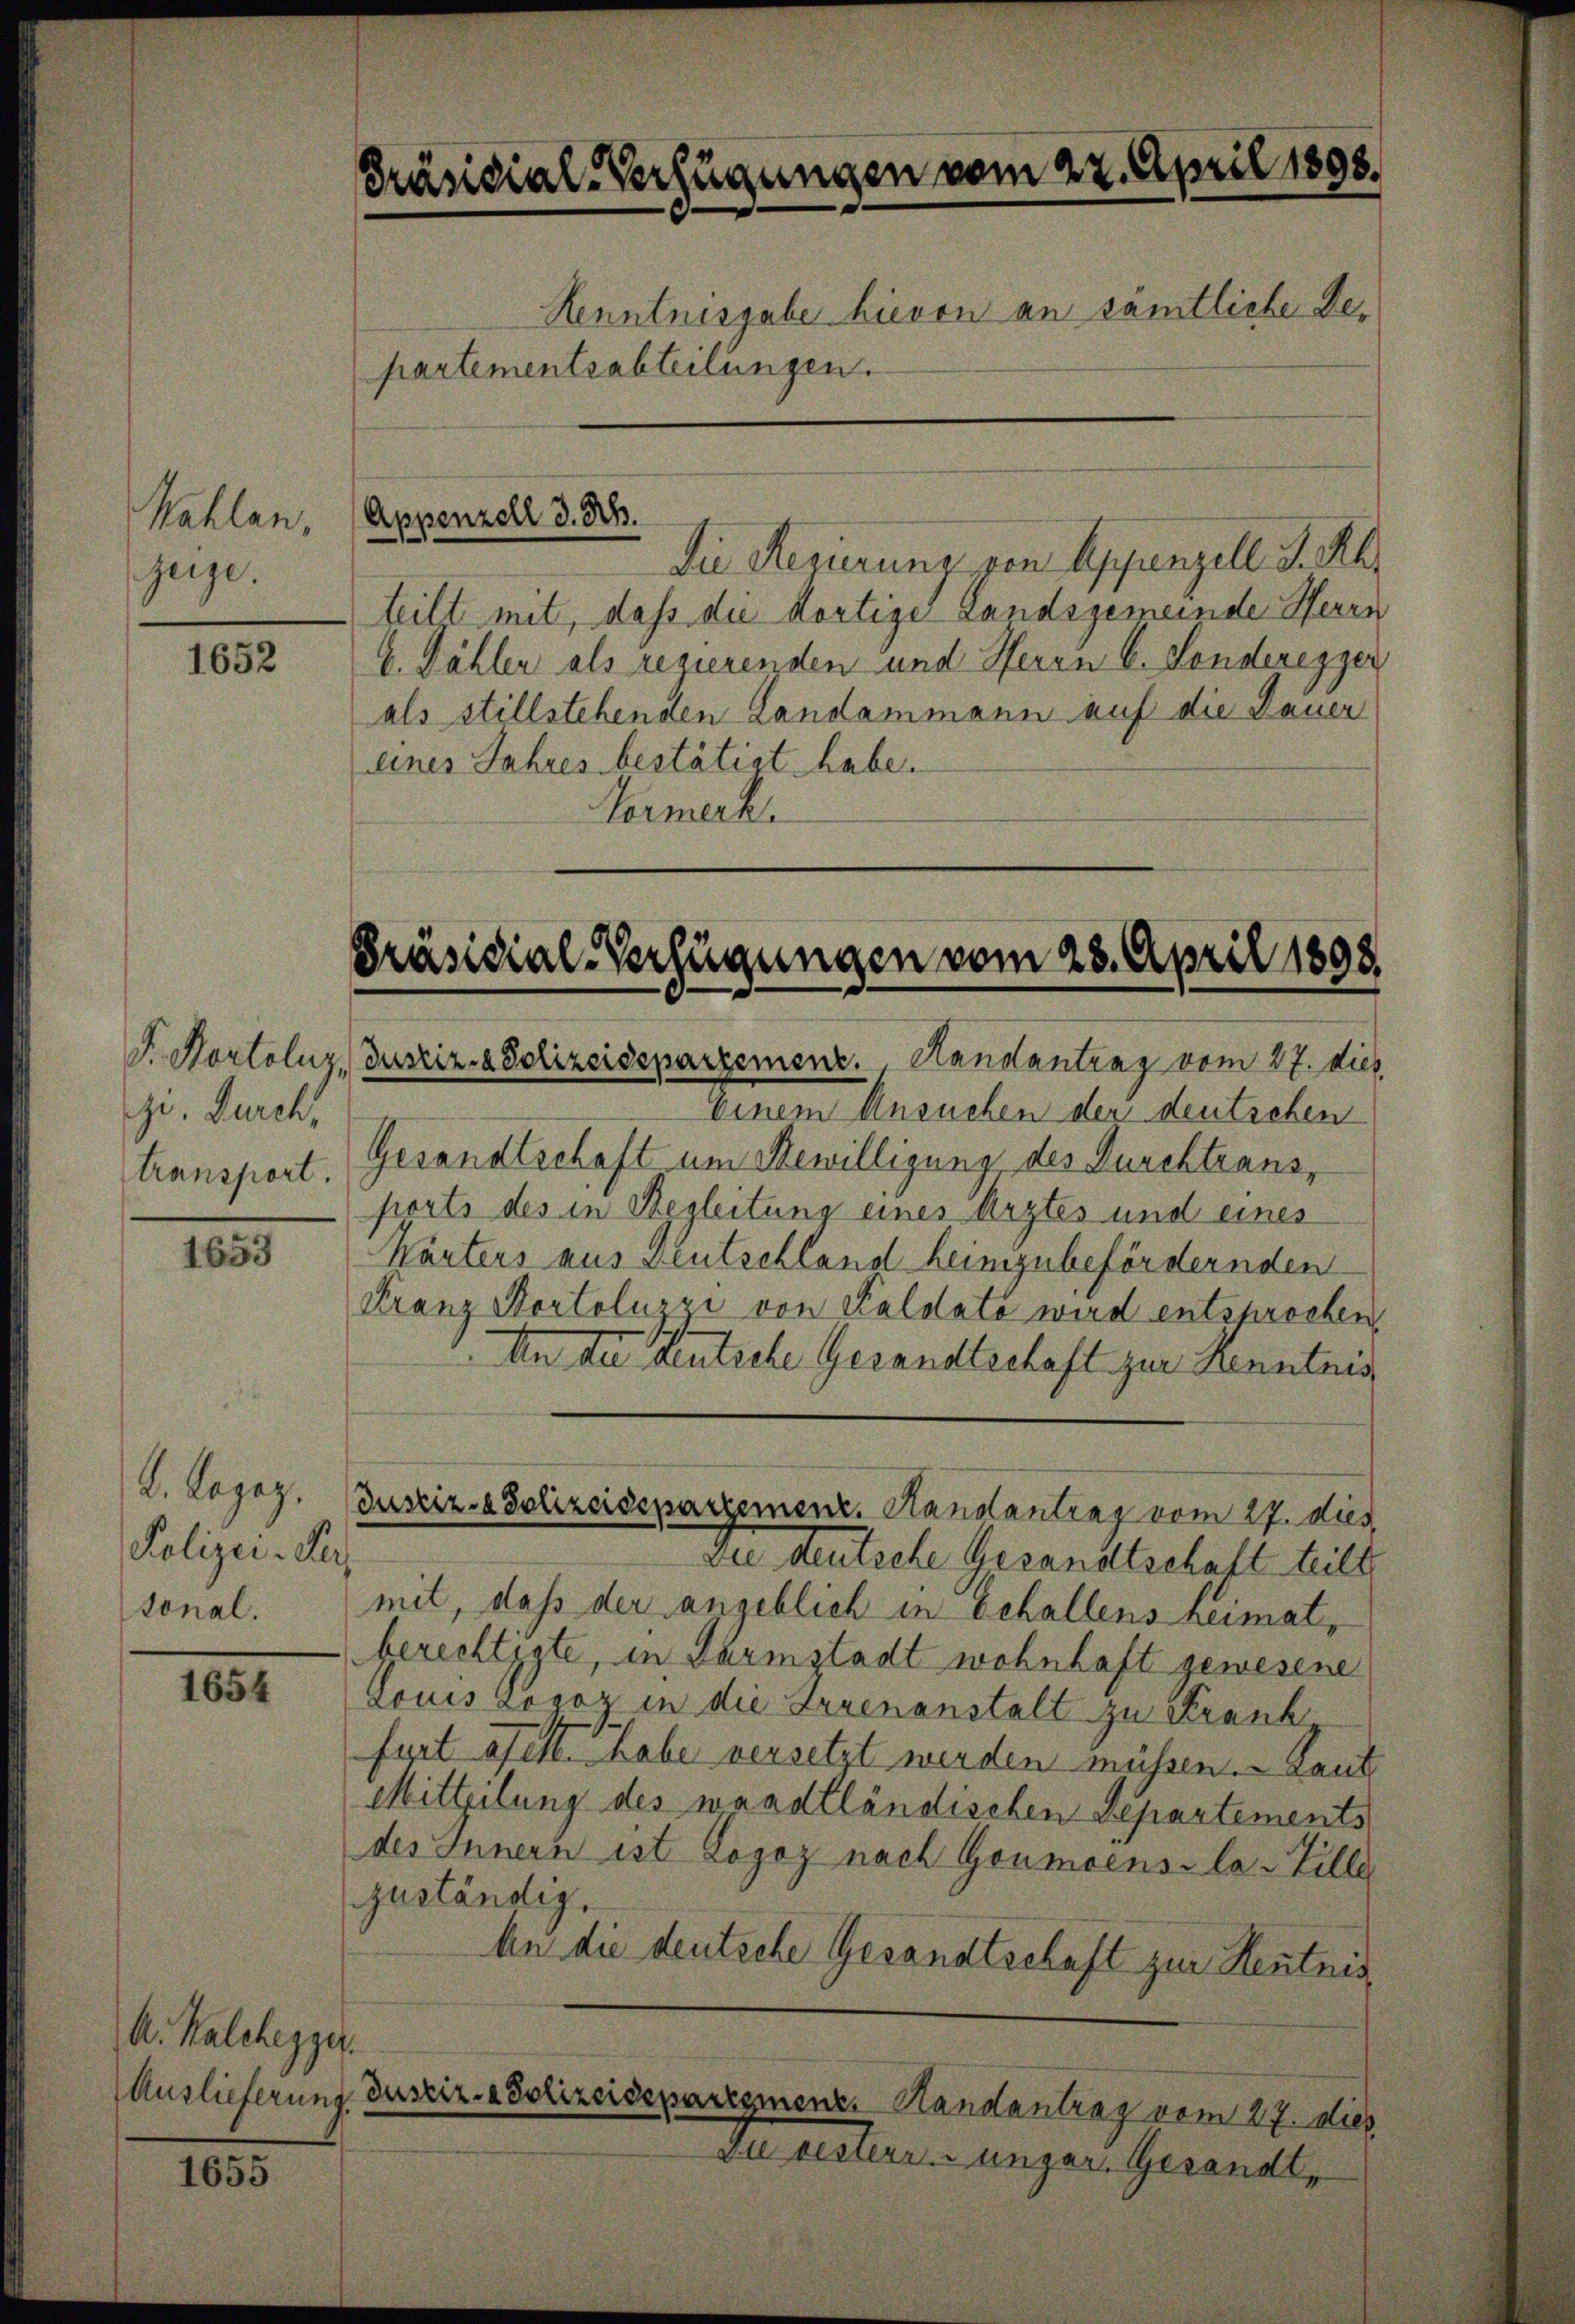
Kahlen,
juge.

1652

zi. Durch,
transport.

1000

K. Lapag.
Polizei-Per

1021.

A. Kalchegger.
Auslieferung.

1655

Die Regierung von Appenzell I.Rh.
teilt mit, dass die Hortige Landsgemeinde Herrn
4. Dähler als regierenden und Herrn C. Londeregger
als stillstehenden Landammann auf die Dauer
eines Jahres bestätigt habe.
Hermerk

Einem Ansuchen der deutschen
Gesandtschaft um Bewilligung des Durchtransports des in Regleitung eines Arztes und eines
Wärters aus Deutschland heimizubefördernden
Franz Portolusi von Kaldato wird entsprochen,
An der Deutsche Gesandtschaft zur Kenntnis
In deutsche Gesandtschaft teilt
tonal. mit, daß der angeblich in behallens heimat,
gerechtigte, in Darmstadt wohnhaft gewesene
Louiszogoz in die Irrenanstalt zu Krank
furt afelt. Thabe versetzt werden müssen. Laut
Mitteilung des waadtländischen Departements
des Innern ist Logoz nach Goumoens-la-Zille
zuständig,
An die deutsche Gesandtschaft zur Hentnis,
Justiz- & Polizeideparegmenz. Handantrag vom 27. dies
Du cesseren unger. Gesandt,

Präsidial-Verfügungen vom 22. April 1898.
Henntnisgabe hievon an sämtliche Bepartementsabteilungen.

Appenzell d. M.

Präsidial-Verfügungen vom 23. April 1898.
S. Hortoluz, Justiz- & Polizeidepartemenz. Handantrag vom 27. dies

Justiz- & Polizeidepartement. Handantrag vom 27. dies